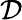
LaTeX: {\cal D}